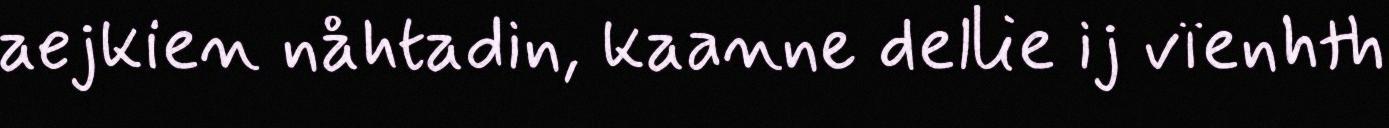
aejkien nåhtadin, kaanne dellie ij vïenhth